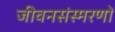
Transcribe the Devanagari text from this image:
जीवनसंस्मरणों